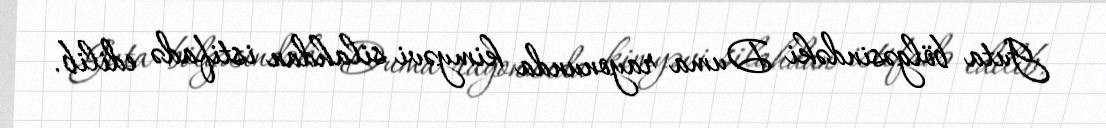
Guta bölgəsindəki Duma rayonunda kimyəvi silahdan istifadə edilib.